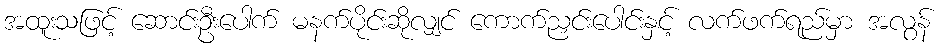
အထူးသဖြင့် ဆောင်းဦးပေါက် မနက်ပိုင်းဆိုလျှင် ကောက်ညှင်းပေါင်းနှင့် လက်ဖက်ရည်မှာ အလွန်